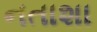
નતાશા